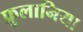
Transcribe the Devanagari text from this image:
फ्रुलानिया